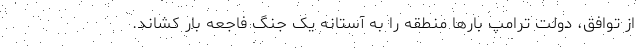
از توافق، دولت ترامپ بارها منطقه را به آستانه یک جنگ فاجعه بار کشاند.